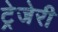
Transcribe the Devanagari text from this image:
ट्रेजेरी